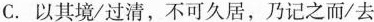
C.以其境/过清，不可久居，乃记之而/去